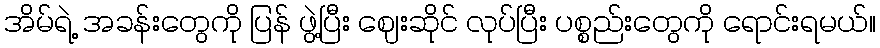
အိမ်ရဲ့ အခန်းတွေကို ပြန် ဖွဲ့ပြီး ဈေးဆိုင် လုပ်ပြီး ပစ္စည်းတွေကို ရောင်းရမယ်။